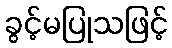
ခွင့်မပြုသဖြင့်